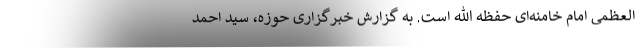
العظمی امام خامنه‌ای حفظه الله است. به گزارش خبرگزاری حوزه، سید احمد